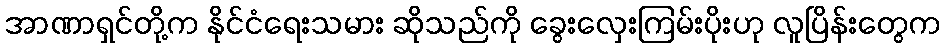
အာဏာရှင်တို့က နိုင်ငံရေးသမား ဆိုသည်ကို ခွေးလှေးကြမ်းပိုးဟု လူပြိန်းတွေက